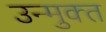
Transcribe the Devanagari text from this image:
उन्‍मुक्‍त